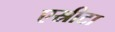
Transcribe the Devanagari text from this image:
एस्रीटा